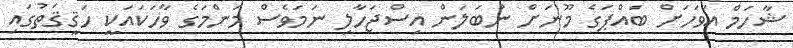
ޝާހަމް އަވަހަށް ބައްޕަގެ މޫނަށް ނުބަލަން އިސްޖަހާލި ނަމަވެސް މަންމަގެ ވާހަކައަކީ ހަޤީޤަތުގައި